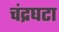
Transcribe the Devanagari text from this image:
चंद्रघटा